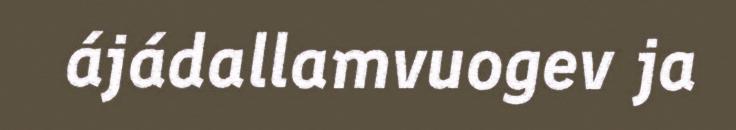
ájádallamvuogev ja